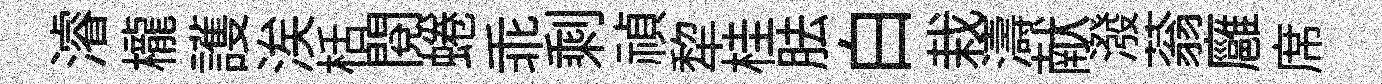
濬櫳護涘栝閲蜷乖剩禎犂桂胠白栽濤献潑蓊廱席